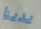
يدينا